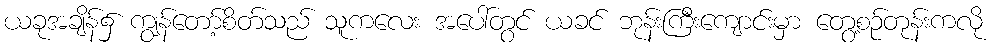
ယခုအချိန်၌ ကျွန်တော့်စိတ်သည် သူကလေး အပေါ်တွင် ယခင် ဘုန်းကြီးကျောင်းမှာ တွေ့စဉ်တုန်းကလို